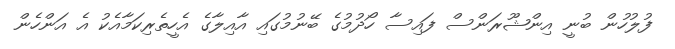
ފުލުހުން ބުނީ އިންޝޫރަންސް ފައިސާ ހޯދުމުގެ ބޭނުމުގައި އާއިލާގެ އެހީތެރިކަމާއެކު އެ އަންހެން